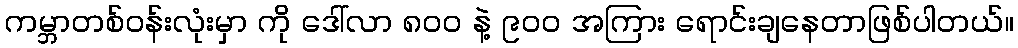
ကမ္ဘာတစ်ဝန်းလုံးမှာ ကို ဒေါ်လာ ၈၀၀ နဲ့ ၉၀၀ အကြား ရောင်းချနေတာဖြစ်ပါတယ်။